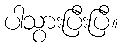
ပါသွားပြီးပြီ။